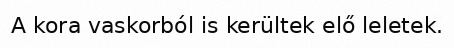
A kora vaskorból is kerültek elő leletek.